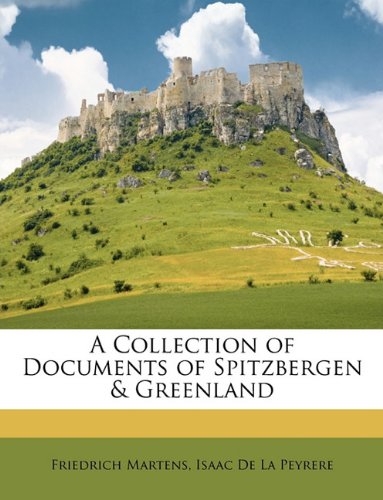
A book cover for A Collection of Documents of Spitzbergen & Greenland; Friedrich Martens; History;